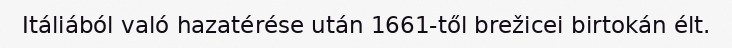
Itáliából való hazatérése után 1661-től brežicei birtokán élt.